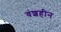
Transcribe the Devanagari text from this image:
वंशहीन